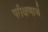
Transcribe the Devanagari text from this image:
परीक्षणार्थ